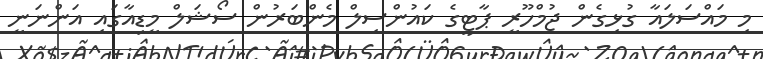
މި މައްސަލައާ ގުޅިގެން ޖުމްހޫރީ ޕާޓީގެ ކައުންސިލް މެންބަރުން ސޯޝަލް މީޑިއާގައި އަންނަނީ